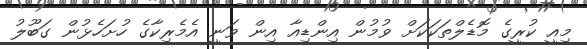
މިއީ ކުރީގެ މޮޑެލްތަކަކަށް ވުމުން އިންޑިއާ އިން ވަނީ އެމެރިކާގެ ހުށަހެޅުން ގަބޫލު